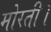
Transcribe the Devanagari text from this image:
मोरती।